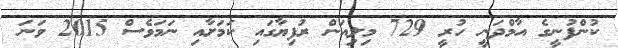
ކުންފުނީގެ އާމްދަނީ ހުރީ 729 މިލިއަން ރުފިޔާގައި ކަމަށާއި ނަމަވެސް 2015 ވަނަ